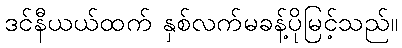
ဒင်နီယယ်ထက် နှစ်လက်မခန့်ပိုမြင့်သည်။